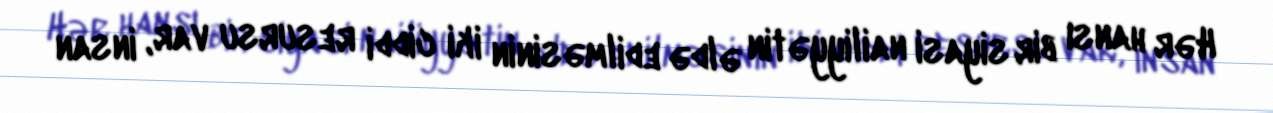
Hər hansı bir siyasi nailiyyətin əldə edilməsinin iki ciddi resursu var, insan